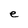
Character: e